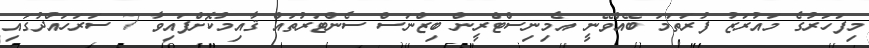
މިފަހަރުގެ މައުރަޒު ފުރަތަމަ ބޭއްވޭނީ އެމިނިސްޓްރީން ބިޒްނަސް ސެންޓަރުތައް ޤާއިމުކޮށްފައިވާ 7 ސަރަހައްދުގައި